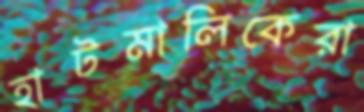
হাটমালিকেরা